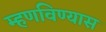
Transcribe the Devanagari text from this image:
म्हणविण्यास